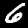
Label: 6